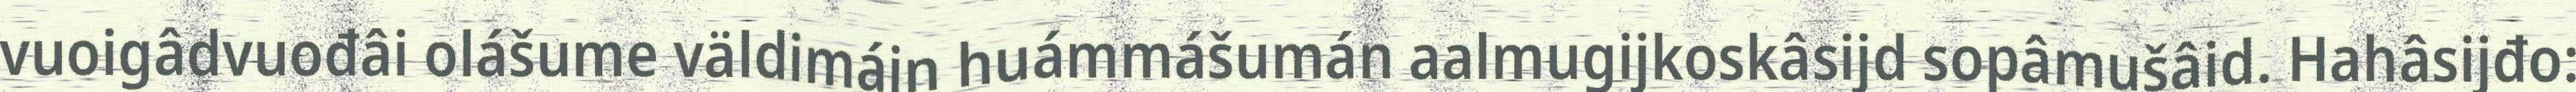
vuoigâdvuođâi olášume väldimáin huámmášumán aalmugijkoskâsijd sopâmušâid. Hahâsijđo: